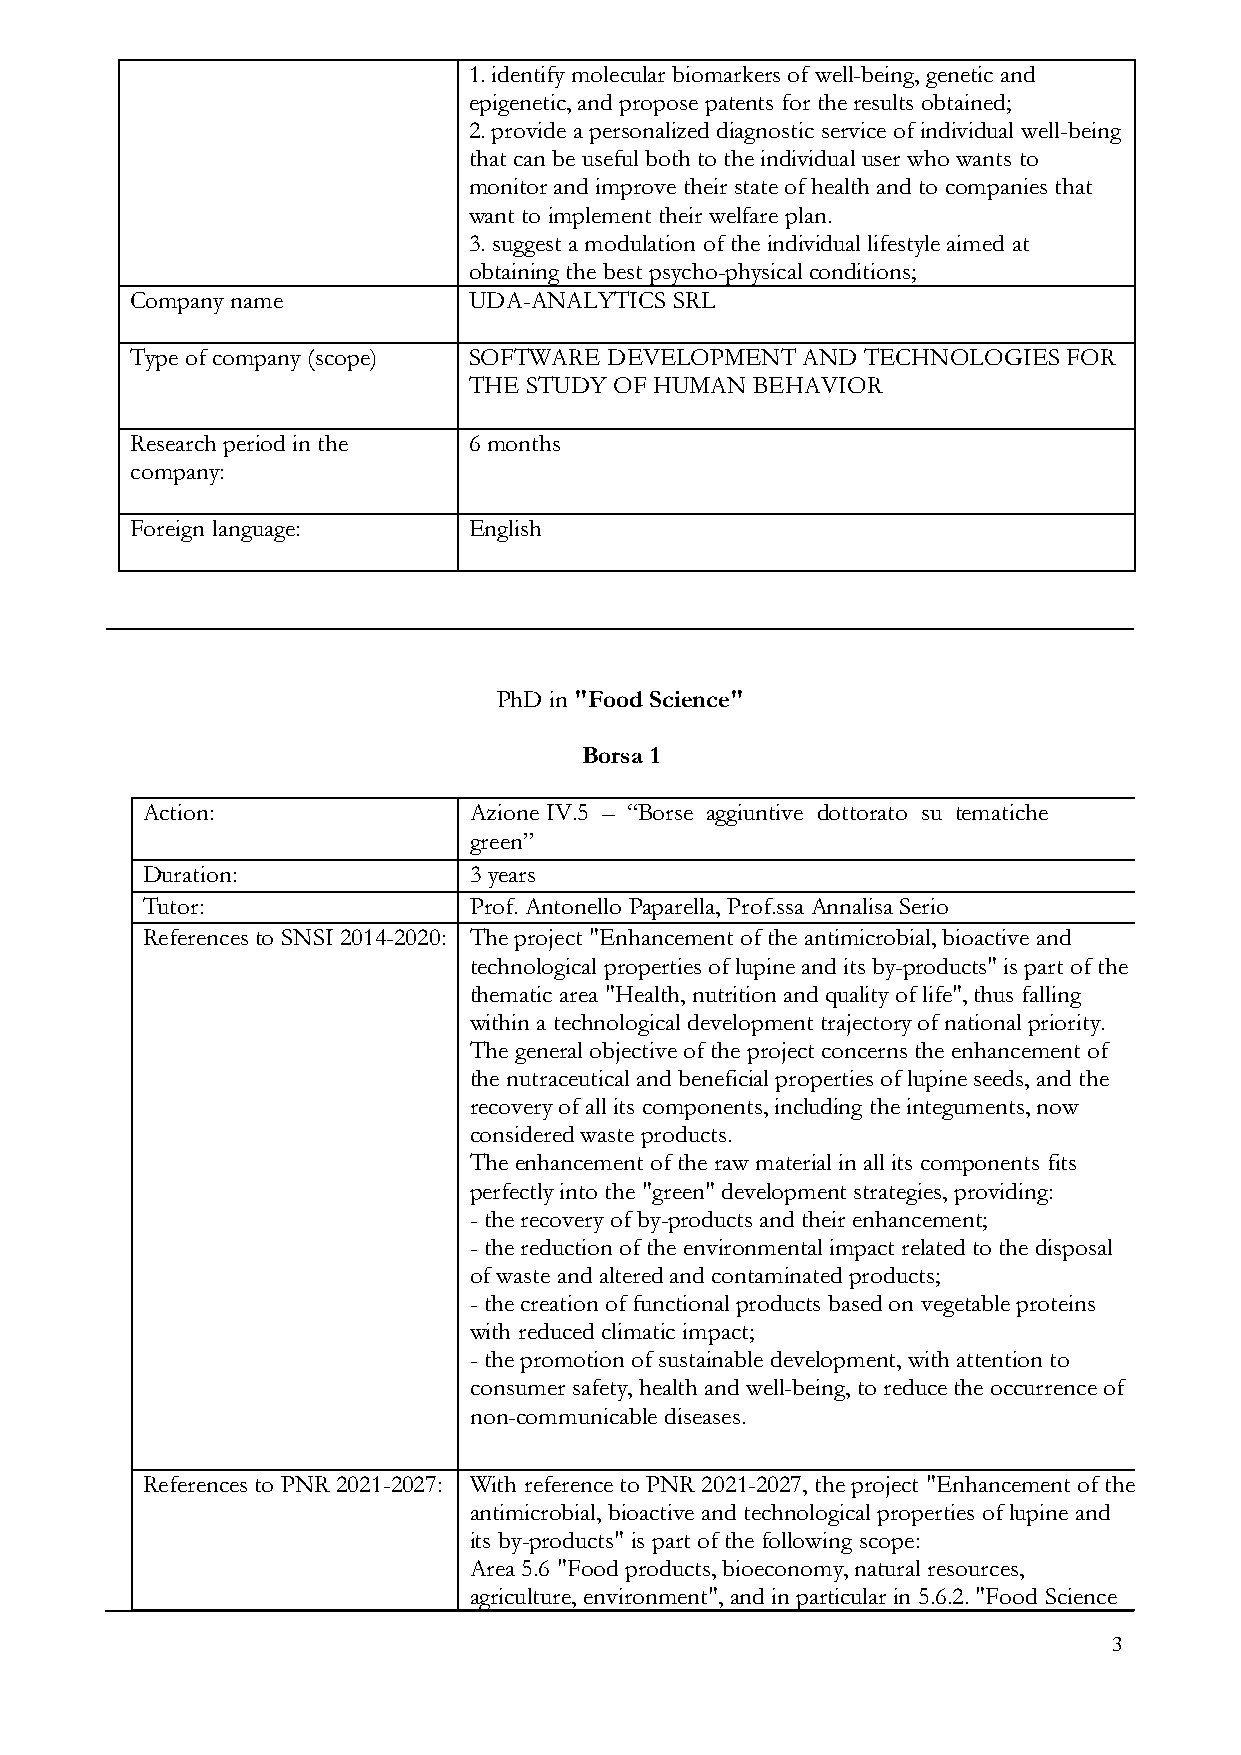
1. identify molecular biomarkers of well-being, genetic and
 epigenetic, and propose patents for the results obtained;
 2. provide a personalized diagnostic service of individual well-being
 that can be useful both to the individual user who wants to
 monitor and improve their state of health and to companies that
 want to implement their welfare plan.
 3. suggest a modulation of the individual lifestyle aimed at
 obtaining the best psycho-physical conditions;
 Company name          UDA-ANALYTICS SRL
 Type of company (scope) SOFTWARE DEVELOPMENT AND TECHNOLOGIES FOR
 THE STUDY OF HUMAN BEHAVIOR
 Research period in the 6 months
 company:
 Foreign language:     English
 PhD in "Food Science"
 Borsa 1
 Action:               Azione IV.5 – “Borse aggiuntive dottorato su tematiche
 green”
 Duration:             3 years
 Tutor:                Prof. Antonello Paparella, Prof.ssa Annalisa Serio
 References to SNSI 2014-2020: The project "Enhancement of the antimicrobial, bioactive and
 technological properties of lupine and its by-products" is part of the
 thematic area "Health, nutrition and quality of life", thus falling
 within a technological development trajectory of national priority.
 The general objective of the project concerns the enhancement of
 the nutraceutical and beneficial properties of lupine seeds, and the
 recovery of all its components, including the integuments, now
 considered waste products.
 The enhancement of the raw material in all its components fits
 perfectly into the "green" development strategies, providing:
 - the recovery of by-products and their enhancement;
 - the reduction of the environmental impact related to the disposal
 of waste and altered and contaminated products;
 - the creation of functional products based on vegetable proteins
 with reduced climatic impact;
 - the promotion of sustainable development, with attention to
 consumer safety, health and well-being, to reduce the occurrence of
 non-communicable diseases.
 References to PNR 2021-2027: With reference to PNR 2021-2027, the project "Enhancement of the
 antimicrobial, bioactive and technological properties of lupine and
 its by-products" is part of the following scope:
 Area 5.6 "Food products, bioeconomy, natural resources,
 agriculture, environment", and in particular in 5.6.2. "Food Science
 3